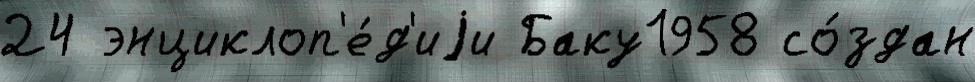
24 энциклоп'е́д'иjи Баку1958 со́здан